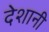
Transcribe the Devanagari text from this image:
देशानी